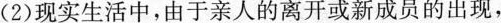
(2)现实生活中，由于亲人的离开或新成员的出现，